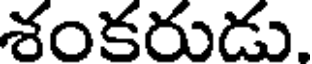
శంకరుడు.